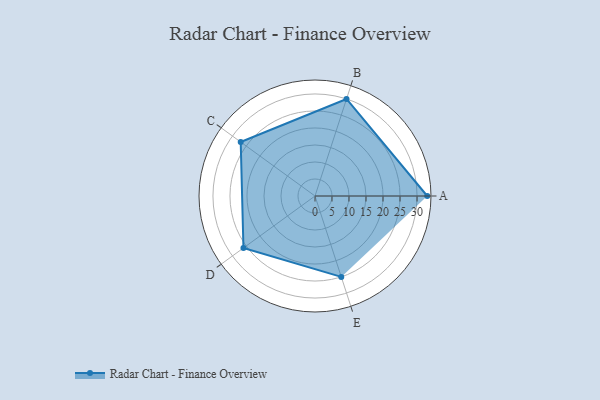
{"axis": {"x": "Skill", "y": "Score"}, "legend": ["Profile"], "data": [{"x": "A", "y": 33.0, "type": "Profile"}, {"x": "B", "y": 30.0, "type": "Profile"}, {"x": "C", "y": 27.0, "type": "Profile"}, {"x": "D", "y": 26.0, "type": "Profile"}, {"x": "E", "y": 25.0, "type": "Profile"}]}